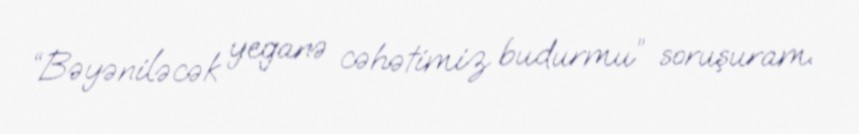
“Bəyəniləcək yeganə cəhətimiz budurmu” soruşuram.